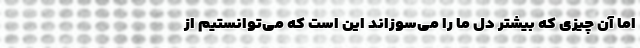
اما آن چیزی که بیشتر دل ما را می‌سوزاند این است که می‌توانستیم از